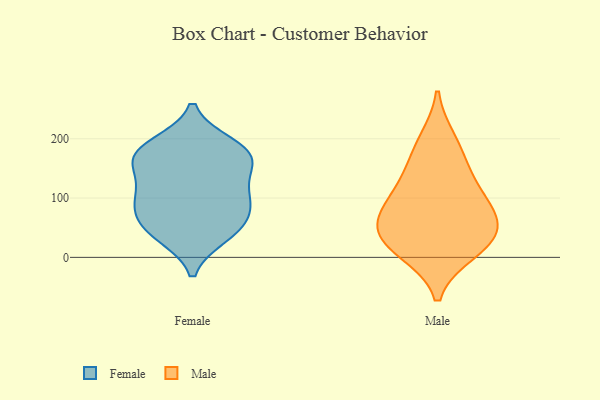
{"axis": {"x": "Bounce Rate (%)", "y": "Value"}, "legend": ["Female", "Male"], "data": [{"x": "", "y": 166, "type": "Female"}, {"x": "", "y": 183, "type": "Female"}, {"x": "", "y": 74, "type": "Female"}, {"x": "", "y": 97, "type": "Female"}, {"x": "", "y": 113, "type": "Female"}, {"x": "", "y": 46, "type": "Female"}, {"x": "", "y": 82, "type": "Female"}, {"x": "", "y": 152, "type": "Female"}, {"x": "", "y": 37, "type": "Female"}, {"x": "", "y": 44, "type": "Female"}, {"x": "", "y": 108, "type": "Female"}, {"x": "", "y": 190, "type": "Female"}, {"x": "", "y": 176, "type": "Female"}, {"x": "", "y": 164, "type": "Female"}, {"x": "", "y": 105, "type": "Male"}, {"x": "", "y": 10, "type": "Male"}, {"x": "", "y": 53, "type": "Male"}, {"x": "", "y": 27, "type": "Male"}, {"x": "", "y": 161, "type": "Male"}, {"x": "", "y": 68, "type": "Male"}, {"x": "", "y": 22, "type": "Male"}, {"x": "", "y": 118, "type": "Male"}, {"x": "", "y": 197, "type": "Male"}, {"x": "", "y": 66, "type": "Male"}]}